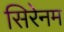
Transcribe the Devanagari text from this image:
सिरेनम